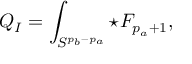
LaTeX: Q _ { I } = \int _ { S ^ { p _ { b } - p _ { a } } } \star { \cal F } _ { p _ { a } + 1 } ,